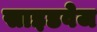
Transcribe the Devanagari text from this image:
साइडवेज